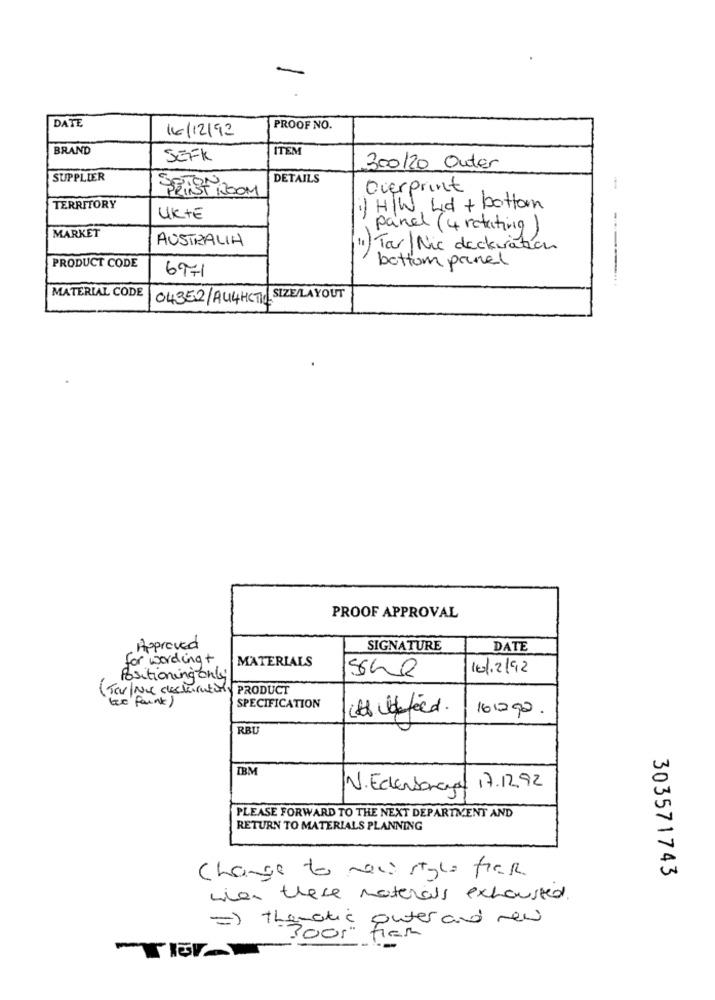
DATE
16/12/92
PROOF NO.
BRAND
ITEM
SEFK
300/20 Outer
SUPPLIER
DETAILS
Overprint
FRIST ROOM
TERRITORY
1) HOW Lid + bottom
UKTE
MARKET
panel (4 rotating)
AUSTRALIA
) Tar/Nic deckeration
bottom panel
PRODUCT CODE
6971
-------....
MATERIAL CODE
04352/AU4HCTC SIZE/LAYOUT
PROOF APPROVAL
Approved
SIGNATURE
DATE
for wordingt
MATERIALS
101.2/92
Positioning only
(Tar/Nie deckerrating PRODUCT
(tee faint)
SPECIFICATION
it's thefeed.
16290 .
RBU
IBM
N.Edenborage
17.12.92
PLEASE FORWARD TO THE NEXT DEPARTMENT AND
RETURN TO MATERIALS PLANNING
Change to new style fier.
303571743
when these materials exhausted.
=) thematic puter and new
300," fier